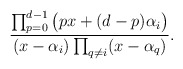
\begin{align*}\frac{\prod_{p=0}^{d-1}\big(p x+(d-p) \alpha_i\big)}{(x- \alpha_i)\prod_{q\neq i}(x- \alpha_q)}.\end{align*}